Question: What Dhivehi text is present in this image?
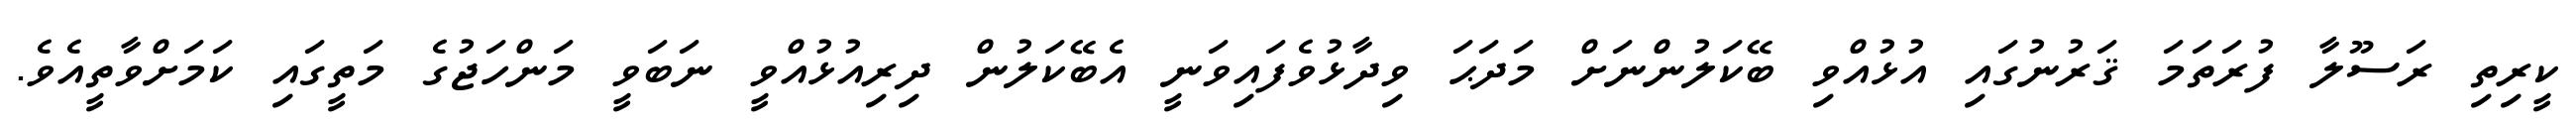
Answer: ކީރިތި ރަސޫލާ ފުރަތަމަ ޤަރުނުގައި އުޅުއްވި ބޭކަލުންނަށް މަދަޙަ ވިދާޅުވެފައިވަނީ އެބޭކަލުން ދިރިއުޅުއްވީ ނަބަވީ މަންހަޖުގެ މަތީގައި ކަމަށްވާތީއެވެ.